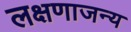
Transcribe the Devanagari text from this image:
लक्षणाजन्य